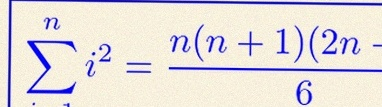
\sum_{i=1}^{n}i^2=\frac{n(n+1)(2n+1)}6